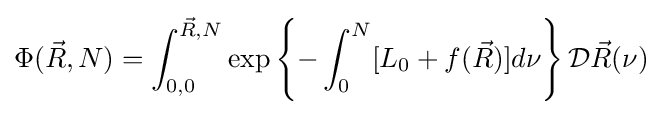
\Phi ({\vec {R}},N)=\int _{0,0}^{{\vec {R}},N}\exp \left\{-\int _{0}^{N}[L_{0}+f({\vec {R}})]d\nu \right\}{\mathcal {D}}{\vec {R}}(\nu )